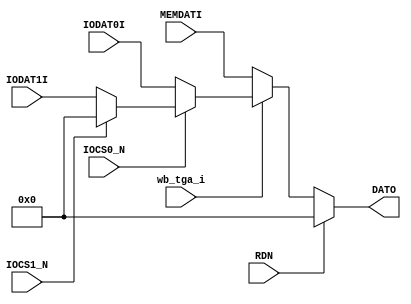
`timescale 1ns / 1ps
//////////////////////////////////////////////////////////////////////////////////
module Muxdati(
    input wb_tga_i,
    input RDN,
    input [15:0] MEMDATI,
    input IOCS0_N,
    input [15:0] IODAT0I,
    input IOCS1_N,
    input [15:0] IODAT1I,
    output [15:0] DATO
    );
    
    assign DATO =  RDN ? 0 : 
                  ((!wb_tga_i) ? MEMDATI :
                  ((!IOCS0_N)  ? IODAT0I :
                  ((!IOCS1_N)? IODAT1I : 0 ))); 
               
endmodule